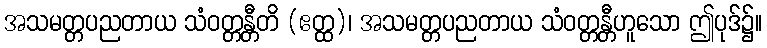
အသမတ္တပညတာယ သံဝတ္တန္တီတိ (ဧတ္ထ)၊ အသမတ္တပညတာယ သံဝတ္တန္တီဟူသော ဤပုဒ်၌။